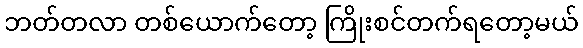
ဘတ်တလာ တစ်ယောက်တော့ ကြိုးစင်တက်ရတော့မယ်